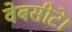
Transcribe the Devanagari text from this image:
वेबसीटे।